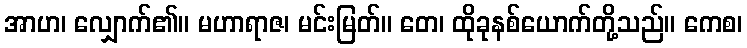
အာဟ၊ လျှောက်၏။ မဟာရာဇ၊ မင်းမြတ်။ တေ၊ ထိုခုနစ်ယောက်တို့သည်။ ကေစ၊